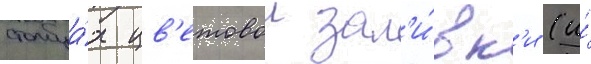
столбца́х цв'етовои зал'и́вк'и (и́